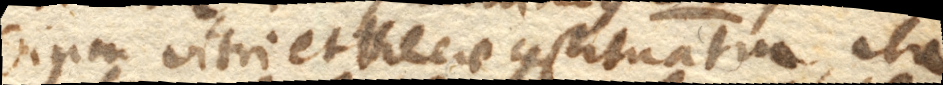
dium vitri et thecae constituatur, ita